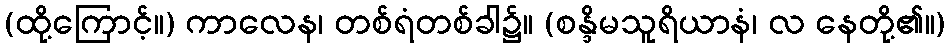
(ထို့ကြောင့်။) ကာလေန၊ တစ်ရံတစ်ခါ၌။ (စန္ဒိမသူရိယာနံ၊ လ နေတို့၏။)